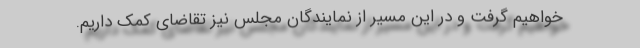
خواهیم گرفت و در این مسیر از نمایندگان مجلس نیز تقاضای کمک داریم.